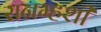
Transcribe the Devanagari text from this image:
रानम्हशी